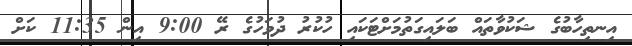
އިނތިހާބުގެ ޝަކުވާތައް ބަލައިގަތުމަށްޓަކައި ހުކުރު ދުވަހުގެ ރޭ 9:00 އިން 11:35 ކަށް